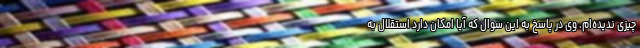
چیزی ندیده‌ام. وی در پاسخ به این سوال که آیا امکان دارد استقلال به